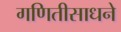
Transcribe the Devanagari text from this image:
गणितीसाधने